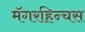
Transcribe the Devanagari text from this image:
मॅगरहिन्चस